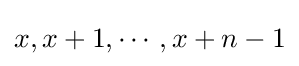
x,x+1,\cdots ,x+n-1